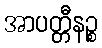
အာပတ္တီနဉ္စ